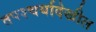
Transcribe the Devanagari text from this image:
तपश्चर्यादेखील